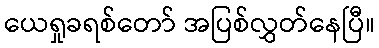
ယေရှုခရစ်တော် အပြစ်လွှတ်နေပြီ။